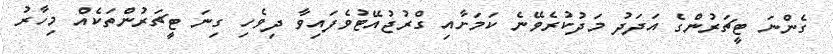
ގެންނަ ޓީޗަރުންގެ އަދަދު މަދުކުރެވޭނެ ކަމަށާއި ގްރުޖުއޭޓުވެފައިވާ ދިވެހި ގިނަ ޓީޗަރުންތަކެއް މިހާރު